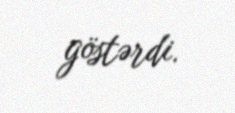
göstərdi.